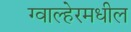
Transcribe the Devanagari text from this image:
ग्वाल्हेरमधील